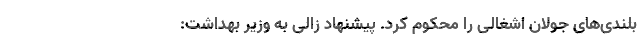
بلندی‌های جولان اشغالی را محکوم کرد. پیشنهاد زالی به وزیر بهداشت: